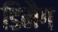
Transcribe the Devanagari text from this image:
डिमैग